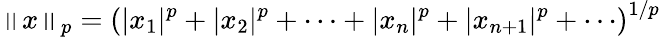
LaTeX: \left\| x\right\| _{p}=\left(|x_{1}|^{p}+|x_{2}|^{p}+\cdots+|x_{n}|^{p}+|x_{n+1}|^{p}+\cdots\right)^{1/p}